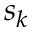
s _ { k }